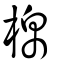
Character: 棉